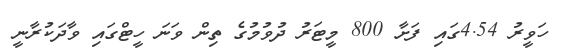
ހަވީރު 4.54ގައި ފަށާ 800 މީޓަރު ދުވުމުގެ ތިން ވަނަ ހީޓްގައި ވާދަކުރާނީ